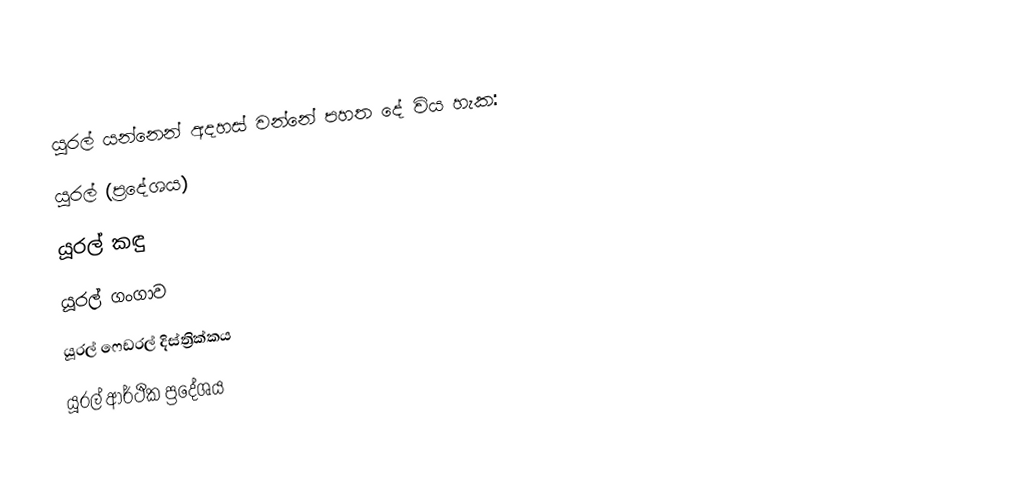
යූරල් යන්නෙන් අදහස් වන්නේ පහත දේ විය හැක:
යූරල් (ප්‍රදේශය)
යූරල් කඳු
යූරල් ගංගාව
යූරල් ෆෙඩරල් දිස්ත්‍රික්කය
යූරල් ආර්ථික ප්‍රදේශය